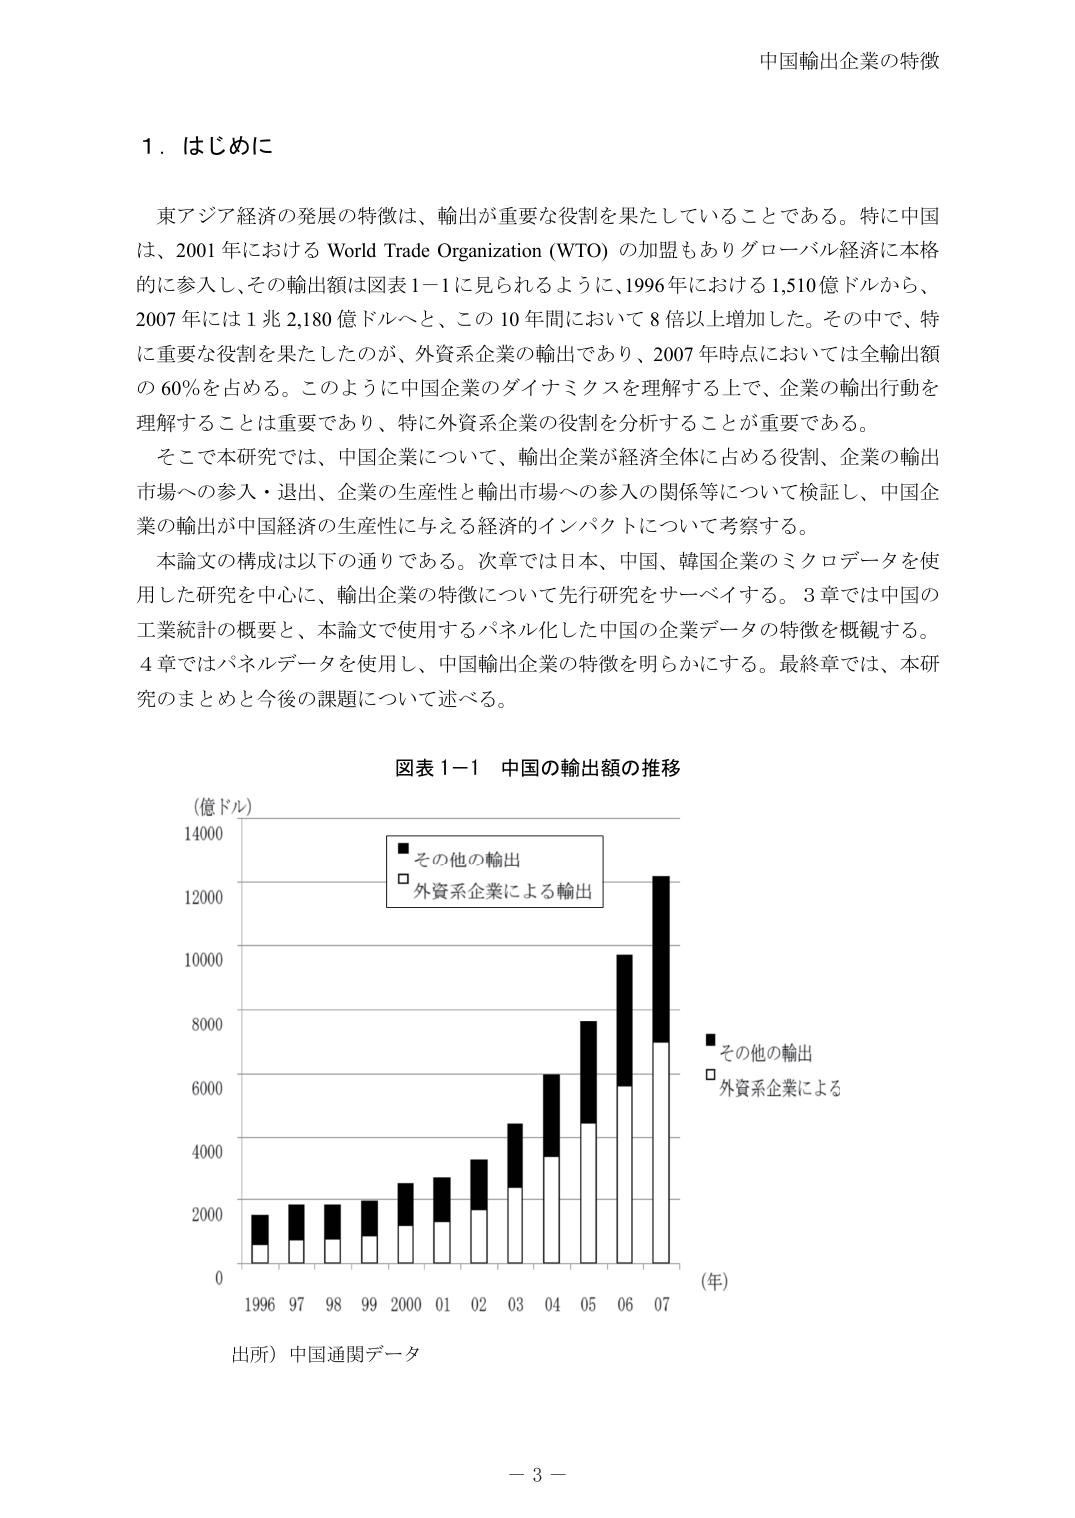
中国輸出企業の特徴

１．はじめに

東アジア経済の発展の特徴は、輸出が重要な役割を果たしていることである。特に中国は、2001年における World Trade Organization (WTO) の加盟もありグローバル経済に本格的に参入し、その輸出額は図表1-1に見られるように、1996年における1,510億ドルから、2007年には1兆2,180億ドルへと、この10年間において8倍以上増加した。その中で、特に重要な役割を果たしたのが、外資系企業の輸出であり、2007年時点においては全輸出額の60％を占める。このように中国企業のダイナミクスを理解する上で、企業の輸出行動を理解することは重要であり、特に外資系企業の役割を分析することが重要である。

そこで本研究では、中国企業について、輸出企業が経済全体に占める役割、企業の輸出市場への参入・退出、企業の生産性と輸出市場への参入の関係等について検証し、中国企業の輸出が中国経済の生産性に与える経済的インパクトについて考察する。

本論文の構成は以下の通りである。次章では日本、中国、韓国企業のミクロデータを使用した研究を中心に、輸出企業の特徴について先行研究をサーベイする。3章では中国の工業統計の概要と、本論文で使用するパネル化した中国の企業データの特徴を概観する。4章ではパネルデータを使用し、中国輸出企業の特徴を明らかにする。最終章では、本研究のまとめと今後の課題について述べる。

図表1-1 中国の輸出額の推移

（億ドル）

■ その他の輸出
□ 外資系企業による輸出

（年）

1996 97 98 99 2000 01 02 03 04 05 06 07

■ その他の輸出
□ 外資系企業による

出所）中国通関データ

－ 3 －